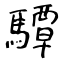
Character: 驔